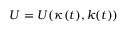
U = U ( \kappa ( t ) , k ( t ) )